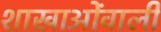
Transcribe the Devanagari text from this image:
शाखाओंवाली